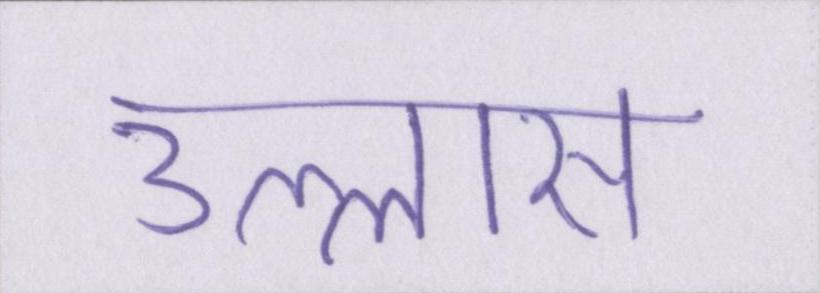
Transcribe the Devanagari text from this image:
उल्लास